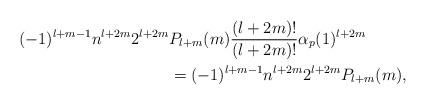
LaTeX: \begin{align*}(-1)^{l+m-1}n^{l+2m}2^{l+2m}&P_{l+m}(m) \frac{(l+2m)!}{(l+2m)!}\alpha_p(1)^{l+2m} \\ &= (-1)^{l+m-1}n^{l+2m}2^{l+2m}P_{l+m}(m),\end{align*}